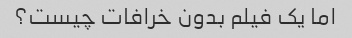
اما یک فیلم بدون خرافات چیست؟